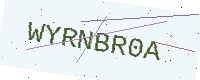
Text: WYRNBR0A